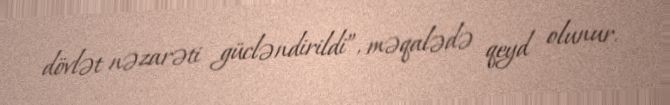
dövlət nəzarəti gücləndirildi”, məqalədə qeyd olunur.